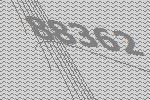
88362